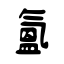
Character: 氳